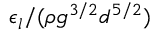
\epsilon _ { l } / ( \rho g ^ { 3 / 2 } d ^ { 5 / 2 } )